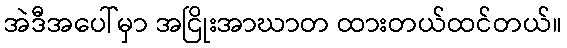
အဲဒီအပေါ်မှာ အငြိုးအာဃာတ ထားတယ်ထင်တယ်။